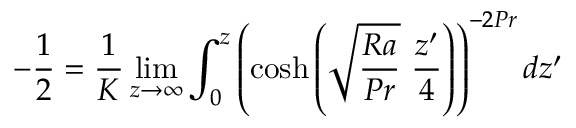
- \frac { 1 } { 2 } = \frac { 1 } { K } \operatorname* { l i m } _ { z \to \infty } \int _ { 0 } ^ { z } \left( \cosh { \left( \sqrt { \frac { R a } { P r } } \ \frac { z ^ { \prime } } { 4 } \right) } \right) ^ { - 2 P r } d z ^ { \prime }